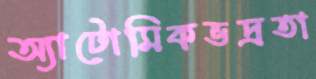
অ্যাটোমিকভদ্রতা